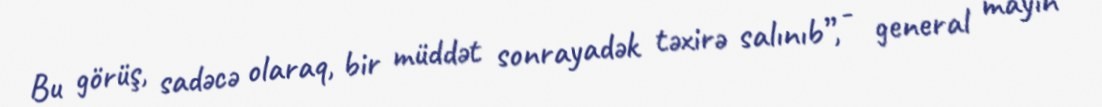
Bu görüş, sadəcə olaraq, bir müddət sonrayadək təxirə salınıb”, - general mayın